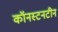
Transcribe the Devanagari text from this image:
कॉनस्टनटीन